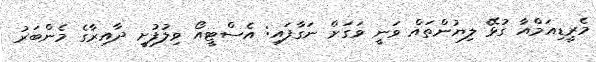
މެރީޑިއަމްއާ ގުޅޭ ލިޔުންތައް ވަނީ ވަގަށް ނަގާފައި: އެސްޓީއޯ ވިލުފުށީ ދާއިރާގެ މެންބަރު